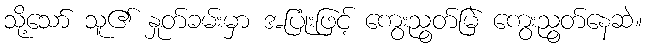
သို့သော် သူ၏ နှုတ်ခမ်းမှာ အပြုံးဖြင့် ကွေးညွတ်မြဲ ကွေးညွတ်နေဆဲ။